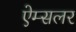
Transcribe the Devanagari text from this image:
ऐम्सलर